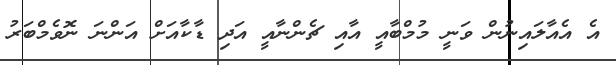
އެ އެއާލައިނުން ވަނީ މުމްބާއީ އާއި ޗެންނާއީ އަދި ޑާކާއަށް އަންނަ ނޮވެމްބަރު